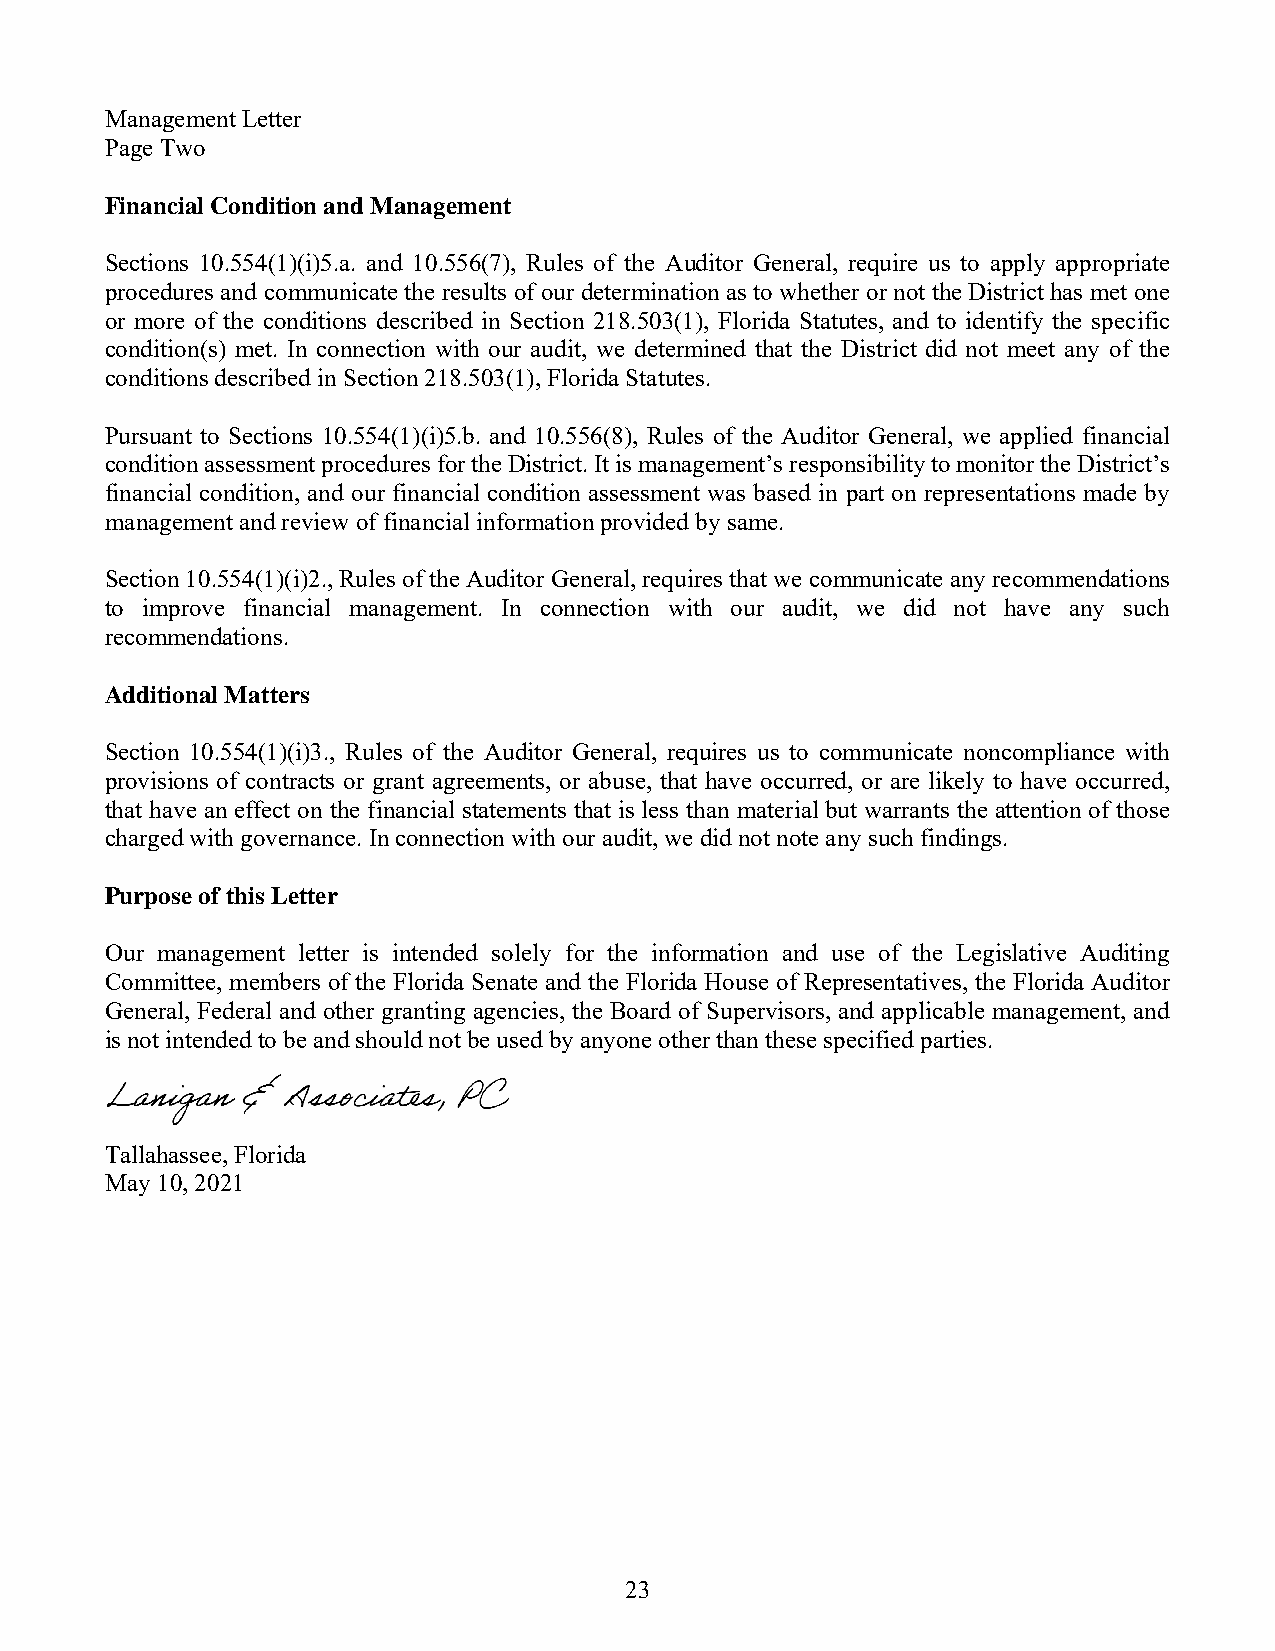
Management Letter
 Page Two
 Financial Condition and Management
 Sections 10.554(1)(i)5.a. and 10.556(7), Rules of the Auditor General, require us to apply appropriate
 procedures and communicate the results of our determination as to whether or not the District has met one
 or more of the conditions described in Section 218.503(1), Florida Statutes, and to identify the specific
 condition(s) met. In connection with our audit, we determined that the District did not meet any of the
 conditions described in Section 218.503(1), Florida Statutes.
 Pursuant to Sections 10.554(1)(i)5.b. and 10.556(8), Rules of the Auditor General, we applied financial
 condition assessment procedures for the District. It is management’s responsibility to monitor the District’s
 financial condition, and our financial condition assessment was based in part on representations made by
 management and review of financial information provided by same.
 Section 10.554(1)(i)2., Rules of the Auditor General, requires that we communicate any recommendations
 to improve financial management. In connection with our audit, we did not have any such
 recommendations.
 Additional Matters
 Section 10.554(1)(i)3., Rules of the Auditor General, requires us to communicate noncompliance with
 provisions of contracts or grant agreements, or abuse, that have occurred, or are likely to have occurred,
 that have an effect on the financial statements that is less than material but warrants the attention of those
 charged with governance. In connection with our audit, we did not note any such findings.
 Purpose of this Letter
 Our management letter is intended solely for the information and use of the Legislative Auditing
 Committee, members of the Florida Senate and the Florida House of Representatives, the Florida Auditor
 General, Federal and other granting agencies, the Board of Supervisors, and applicable management, and
 is not intended to be and should not be used by anyone other than these specified parties.
 Tallahassee, Florida
 May 10, 2021
 23